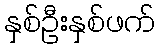
နှစ်ဦးနှစ်ဖက်